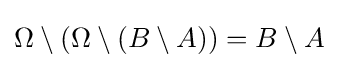
\Omega \setminus (\Omega \setminus (B\setminus A))=B\setminus A